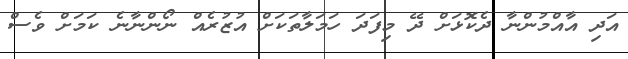
އަދި އާއްމުންނާ ދެކޮޅަށް ދޭ މިފަދަ ހަމަލާތަކަށް އުޒުރެއް ނޯންނާނެ ކަމަށް ވެސް